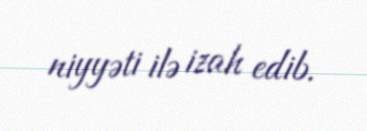
niyyəti ilə izah edib.